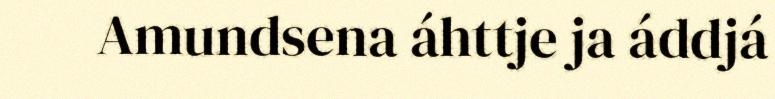
Amundsena áhttje ja áddjá